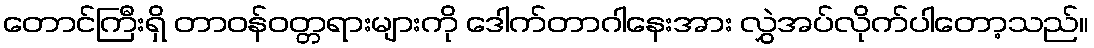
တောင်ကြီးရှိ တာဝန်ဝတ္တရားများကို ဒေါက်တာဂါနေးအား လွှဲအပ်လိုက်ပါတော့သည်။